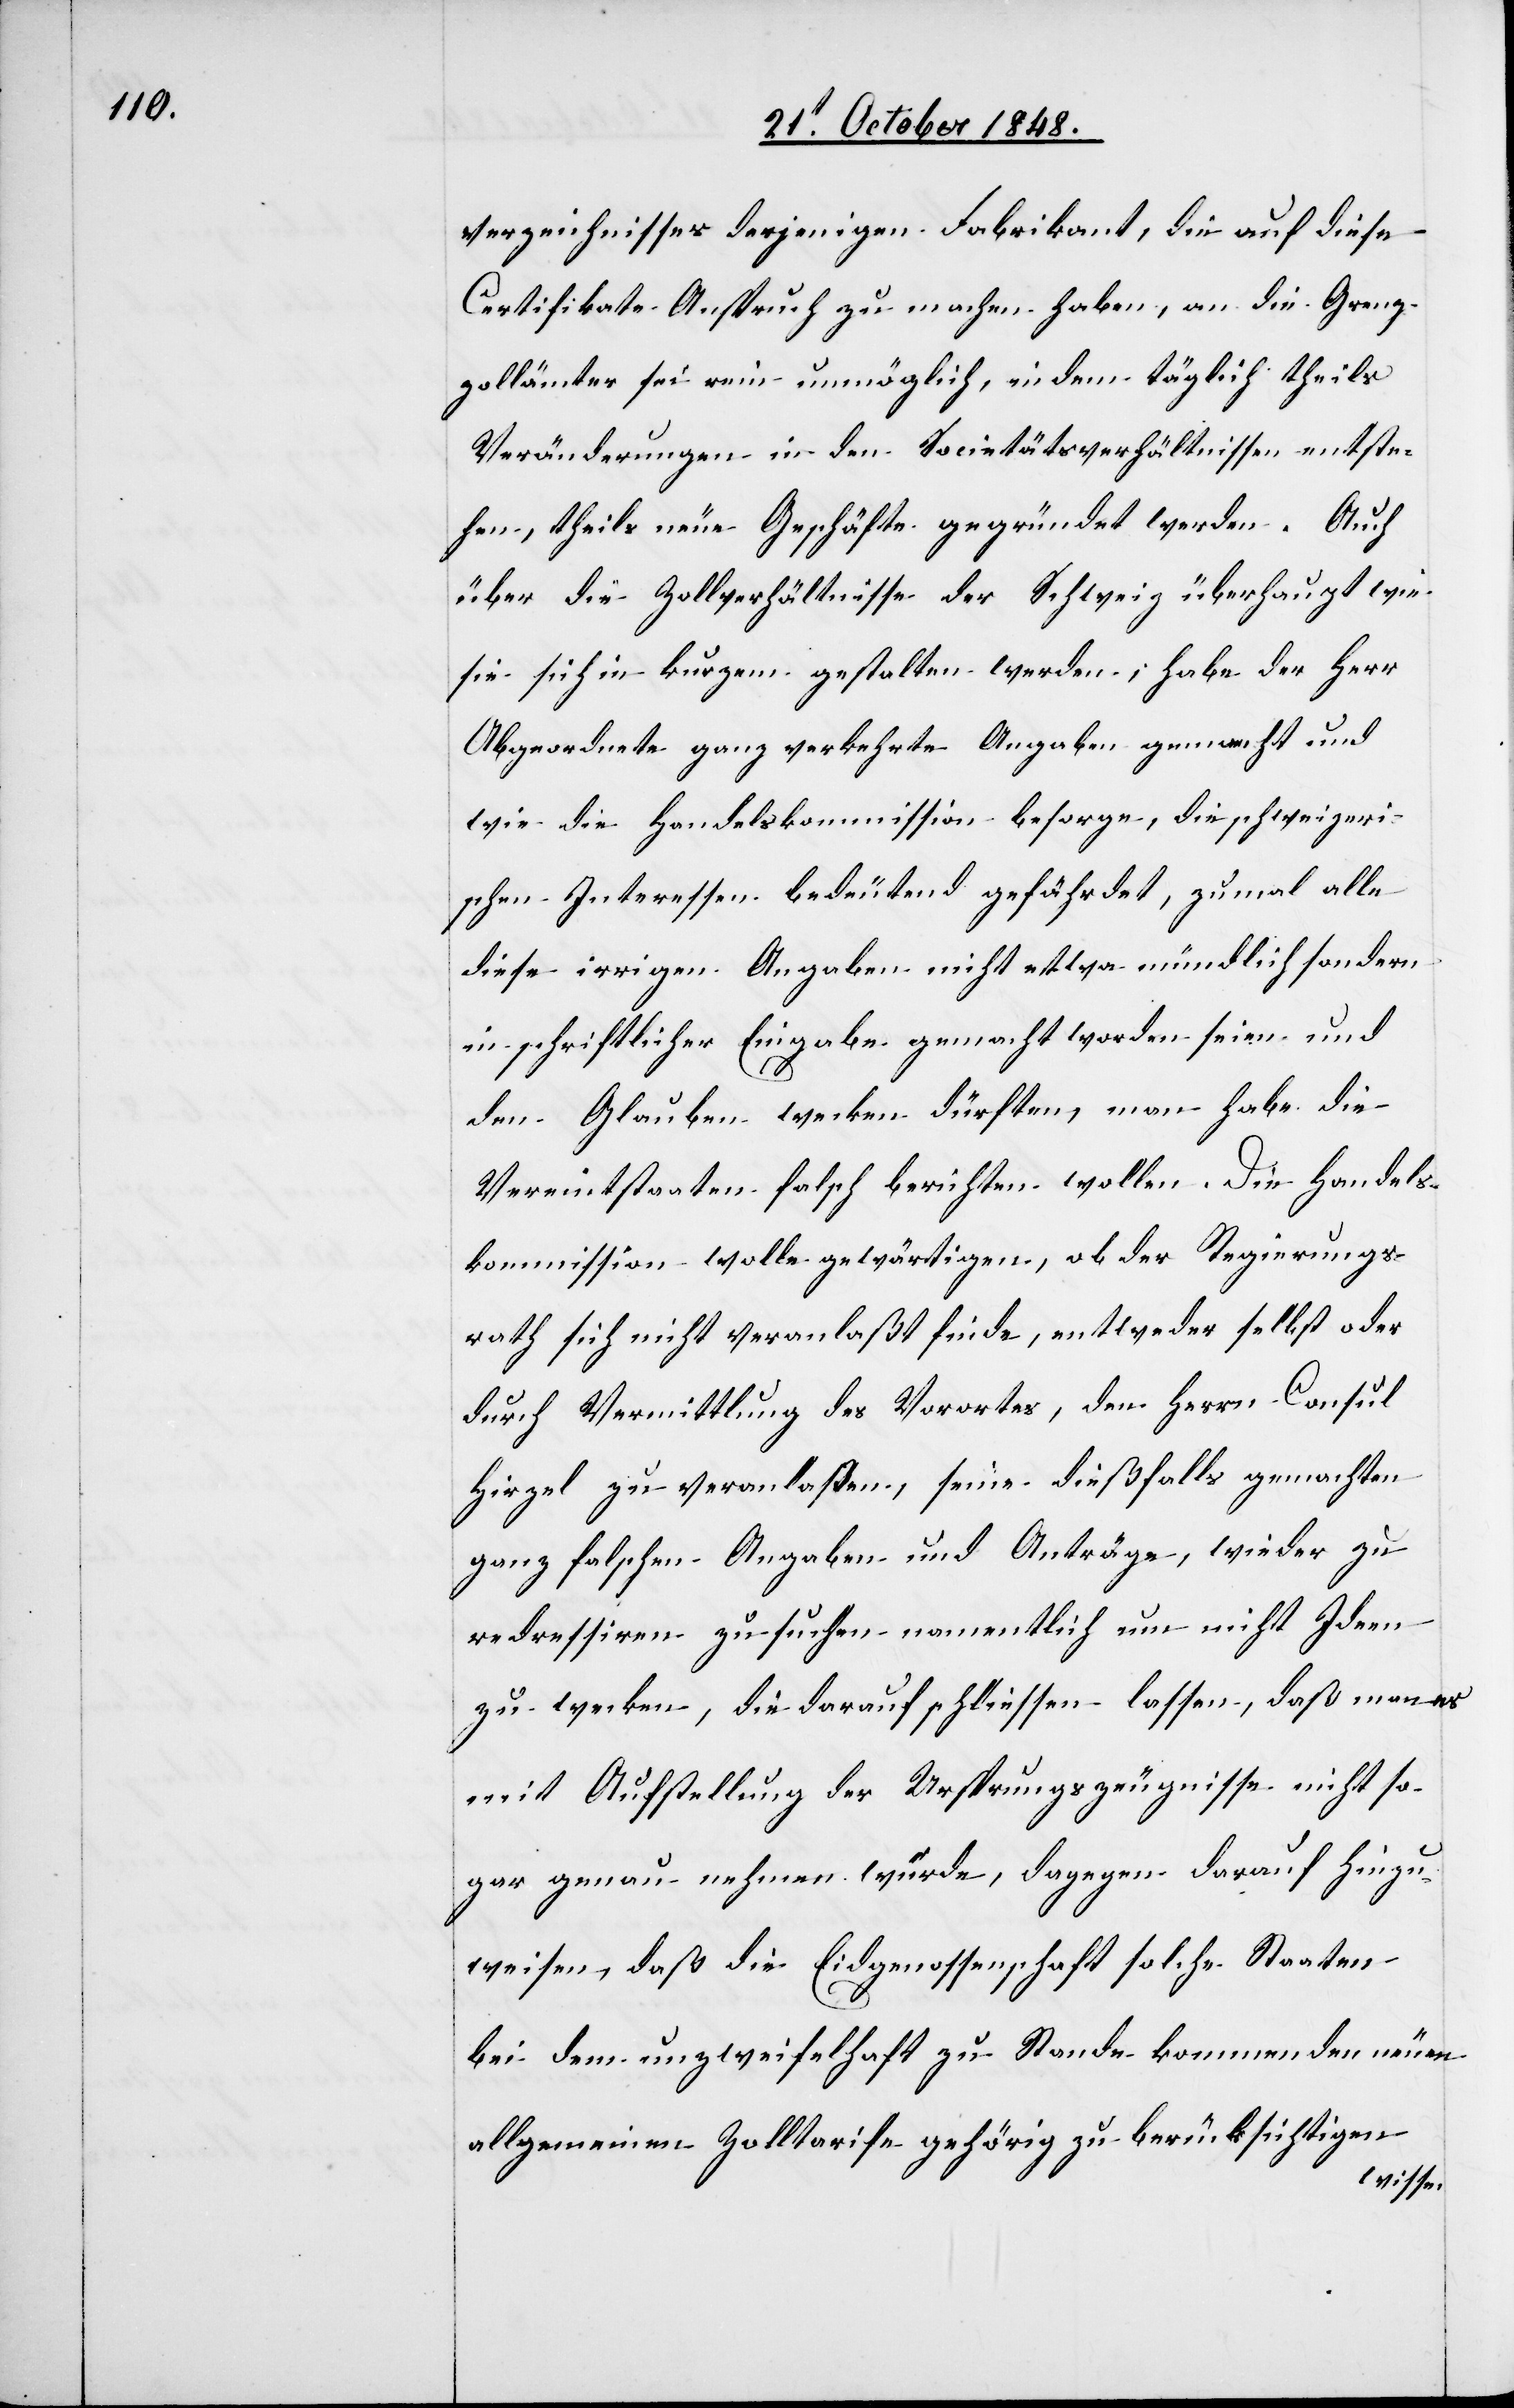
verzeichnisses derjenigen Fabrikant[en], die auf diese
Certifikate Anspruch zu machen haben, an die Grenz¬
zollämter sei rein unmöglich, indem täglich theils
Veränderungen in den Societätsverhältnissen entste¬
hen, theils neue Geschäfte gegründet werden. Auch
über die Zollverhältnisse der Schweiz überhaupt wie
sie sich in kurzem gestalten werden; habe der Herr
Abgeordnete ganz verkehrte Angaben gemacht und
wie die Handelskommission besorge, die schweizeri¬
schen Interessen bedeutend gefährdet, zumal alle
diese irrigen Angaben nicht etwa mündlich sondern
in schriftlicher Eingabe gemacht worden seien und
den Glauben wecken dürften, man habe die
Vereintstaaten [sic!] falsch berichten wollen. Die Handels¬
kommission wolle gewärtigen, ob der Regierungs¬
rath sich nicht veranlaßt finde, entweder selbst oder
durch Vermittlung des Vorortes, den Herrn Consul
Hirzel zu veranlaßen, seine dießfalls gemachten
ganz falschen Angaben und Anträge, wieder zu
redressiren zu suchen, namentlich um nicht Ideen
zu wecken, die darauf schliessen lassen, daß man es
mit Aufstellung der Ursprungszeugnisse nicht so¬
gar genau nehmen würde, dagegen darauf hinzu¬
weisen, daß die Eidgenossenschaft solche Staaten
bei dem unzweifelhaft zu Stande kommenden neuen
allgemeinen Zolltarife gehörig zu berücksichtigen
wissen